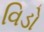
વિડો